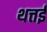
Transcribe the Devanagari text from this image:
थत्तई